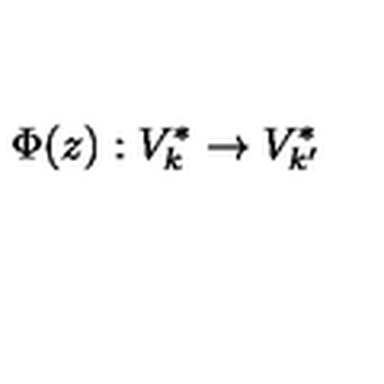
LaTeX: \Phi ( z ) : V _ { k } ^ { * } \rightarrow V _ { k ^ { \prime } } ^ { * }